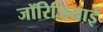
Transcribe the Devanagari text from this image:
जॉरिजियाई